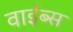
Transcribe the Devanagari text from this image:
वाईब्स